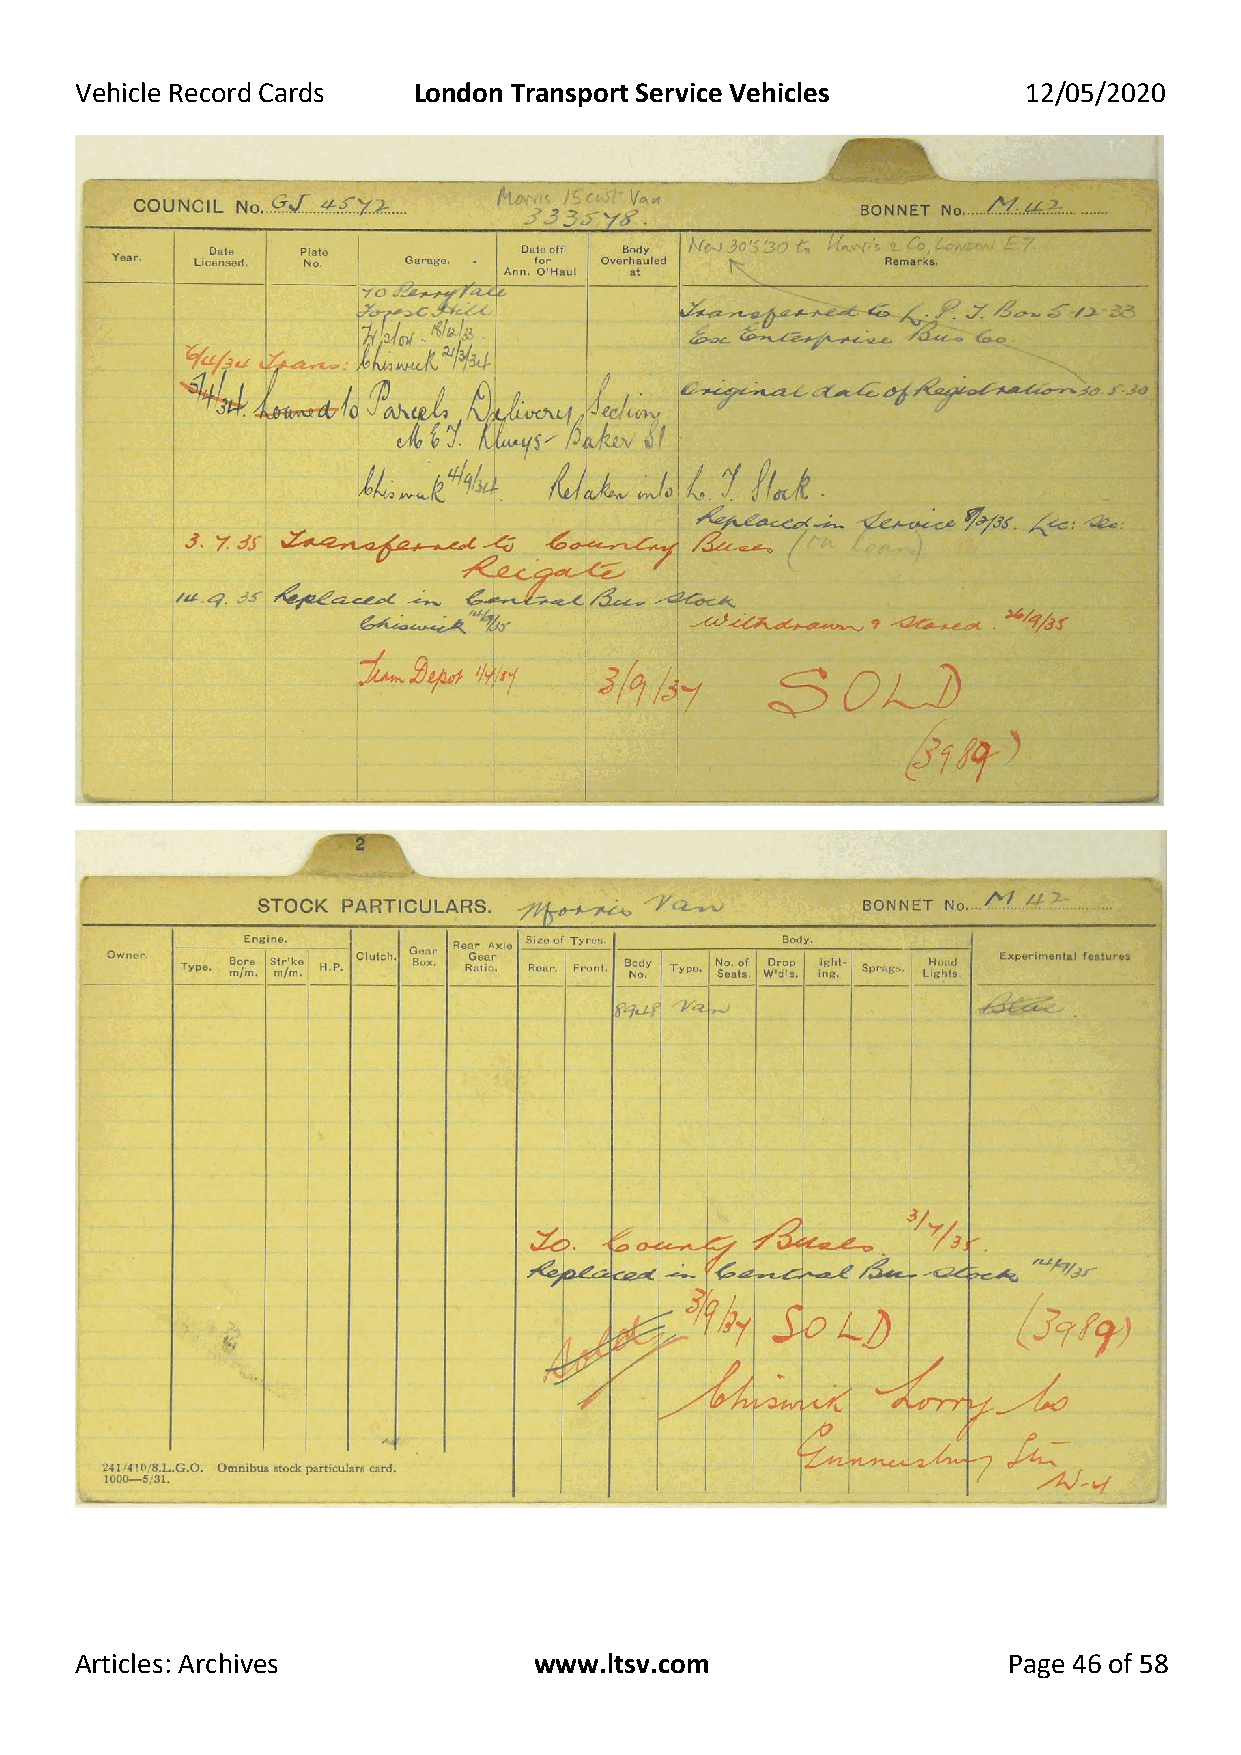
Vehicle Record Cards  London Transport Service Vehicles        12/05/2020
 Articles: Archives            www.ltsv.com                    Page 46 of 58